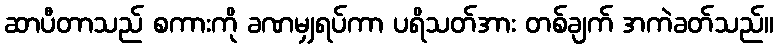
ဆာပီတာသည် စကားကို ခဏမျှရပ်ကာ ပရိသတ်အား တစ်ချက် အကဲခတ်သည်။